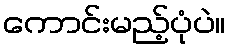
ကောင်းမည့်ပုံပဲ။